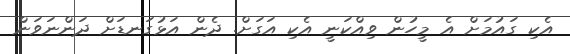
އެކި ގައުމަށް އެ މީހުން ވިއްކަނީ އެކި އަގަށް. ދެން އަޅުގަނޑަށް ދަންނަވަން